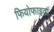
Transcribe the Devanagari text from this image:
फियोफाइटा